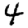
Digit: 4